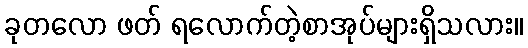
ခုတလော ဖတ် ရလောက်တဲ့စာအုပ်များရှိသလား။